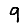
Digit: 9